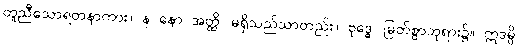
တူညီသောရတနာကား။ န နော အတ္ထိ၊ မရှိသည်သာတည်း။ ဗုဒ္ဓေ၊ မြတ်စွာဘုရား၌။ ဣဒမ္ပိ